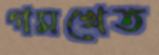
গমখেত